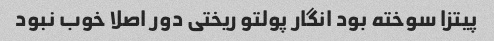
پیتزا سوخته بود انگار پولتو ریختی دور اصلا خوب نبود